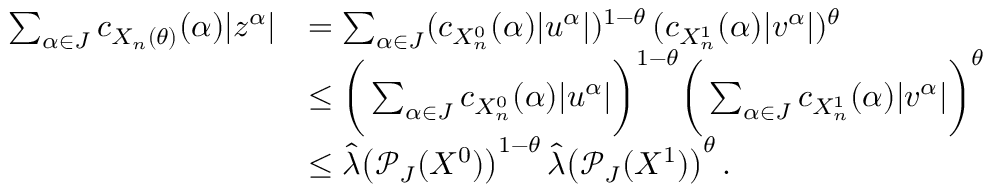
\begin{array} { r l } { \sum _ { \alpha \in J } c _ { X _ { n } ( \theta ) } ( \alpha ) | z ^ { \alpha } | } & { = \sum _ { \alpha \in J } ( c _ { X _ { n } ^ { 0 } } ( \alpha ) | u ^ { \alpha } | ) ^ { 1 - \theta } \, ( c _ { X _ { n } ^ { 1 } } ( \alpha ) | v ^ { \alpha } | ) ^ { \theta } } \\ & { \leq \bigg ( \sum _ { \alpha \in J } c _ { X _ { n } ^ { 0 } } ( \alpha ) | u ^ { \alpha } | \bigg ) ^ { 1 - \theta } \bigg ( \sum _ { \alpha \in J } c _ { X _ { n } ^ { 1 } } ( \alpha ) | v ^ { \alpha } | \bigg ) ^ { \theta } } \\ & { \leq \widehat { \boldsymbol { \lambda } } \big ( \mathcal { P } _ { J } ( X ^ { 0 } ) \big ) ^ { 1 - \theta } \, \widehat { \boldsymbol { \lambda } } \big ( \mathcal { P } _ { J } ( X ^ { 1 } ) \big ) ^ { \theta } \, . } \end{array}